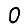
Digit: 0